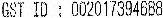
GST ID : 002017394688